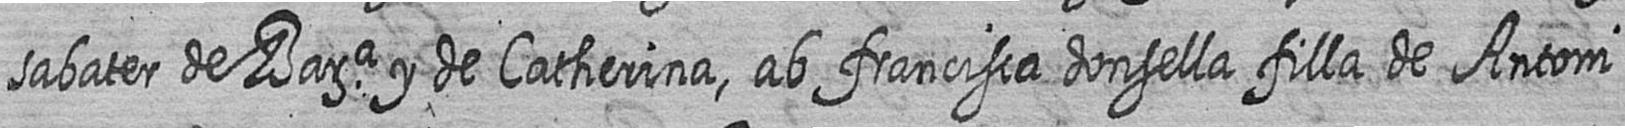
sabater de Bara y de Catherina ab francisca donsella filla de Antoni